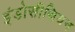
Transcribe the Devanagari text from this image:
इंडोसीथियन